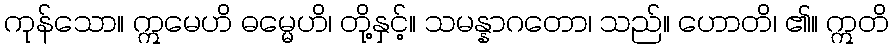
ကုန်သော။ ဣမေဟိ ဓမ္မေဟိ၊ တို့နှင့်။ သမန္နာဂတော၊ သည်။ ဟောတိ၊ ၏။ ဣတိ